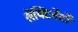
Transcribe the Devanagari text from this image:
लेफ्टिनेंटों